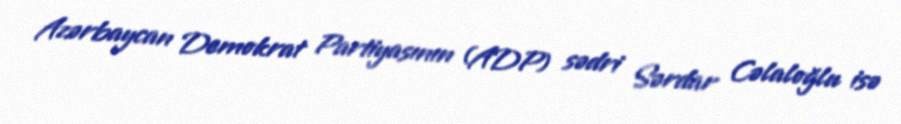
Azərbaycan Demokrat Partiyasının (ADP) sədri Sərdar Cəlaloğlu isə